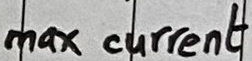
Text: max current